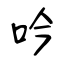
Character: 吟